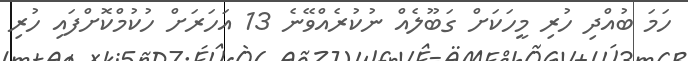
ހަމަ ބުއްދި ހުރި މީހަކަށް ގަބޫލެއް ނުކުރެއްވޭނެ 13 އަހަރަށް ހުކުމްކޮށްފައި ހުރި